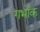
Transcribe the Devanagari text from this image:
गर्भाक